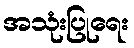
အသုံးပြုရေး